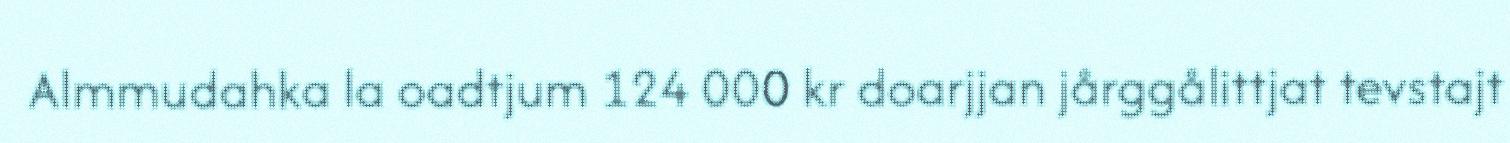
Almmudahka la oadtjum 124 000 kr doarjjan jårggålittjat tevstajt